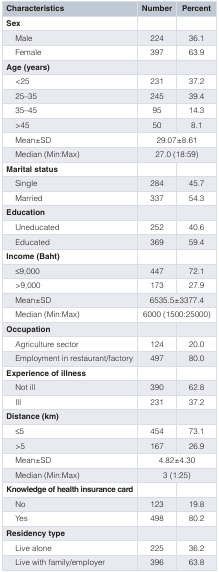
| Characteristics | Number | Percent |
 | --- | --- | --- |
 | Sex |  |  |
 | Male | 224 | 36.1 |
 | Female | 397 | 63.9 |
 | Age (years) |  |  |
 | <25 | 231 | 37.2 |
 | 25–35 | 245 | 39.4 |
 | 35–45 | 95 | 14.3 |
 | >45 | 50 | 8.1 |
 | Mean±SD | <COLSPAN=2> 29.07±8.61 |
 | Median (Min:Max) | <COLSPAN=2> 27.0 (18:59) |
 | Marital status |  |  |
 | Single | 284 | 45.7 |
 | Married | 337 | 54.3 |
 | Education |  |  |
 | Uneducated | 252 | 40.6 |
 | Educated | 369 | 59.4 |
 | Income (Baht) |  |  |
 | ≤9,000 | 447 | 72.1 |
 | >9,000 | 173 | 27.9 |
 | Mean±SD | <COLSPAN=2> 6535.5±3377.4 |
 | Median (Min:Max) | <COLSPAN=2> 6000 (1500:25000) |
 | Occupation |  |  |
 | Agriculture sector | 124 | 20.0 |
 | Employment in restaurant/factory | 497 | 80.0 |
 | Experience of illness |  |  |
 | Not ill | 390 | 62.8 |
 | Ill | 231 | 37.2 |
 | Distance (km) |  |  |
 | ≤5 | 454 | 73.1 |
 | >5 | 167 | 26.9 |
 | Mean±SD | <COLSPAN=2> 4.82±4.30 |
 | Median (Min:Max) | <COLSPAN=2> 3 (1:25) |
 | Knowledge of health insurance card |  |  |
 | No | 123 | 19.8 |
 | Yes | 498 | 80.2 |
 | Residency type |  |  |
 | Live alone | 225 | 36.2 |
 | Live with family/employer | 396 | 63.8 |